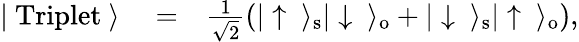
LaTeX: \begin{array}{rlr}{|\ \mathrm{Triplet}\ \rangle}&{{}=}&{\frac{1}{\sqrt{2}}\left(|\uparrow\ \rangle_{\mathrm{s}}|\downarrow\ \rangle_{\mathrm{o}}+|\downarrow\ \rangle_{\mathrm{s}}|\uparrow\ \rangle_{\mathrm{o}}\right),}\end{array}